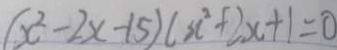
( x ^ { 2 } - 2 x - 1 5 ) ( x ^ { 2 } + 2 x + 1 = 0